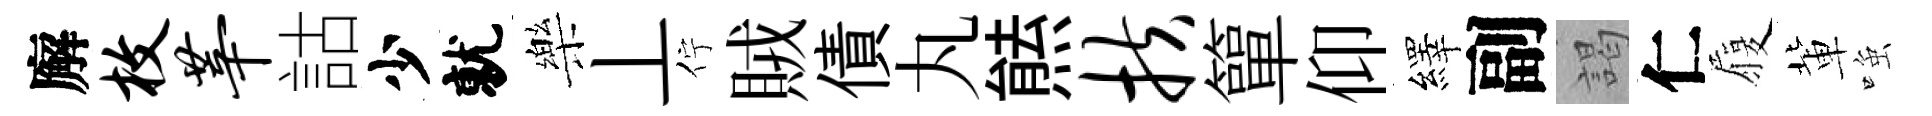
廨枚莘詁少就樂丄佇賊債丸㷱扶簞仰繹副謁仁履軰𫪻